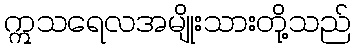
ဣသရေလအမျိုးသားတို့သည်